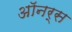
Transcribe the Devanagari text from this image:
अाॅनर्स